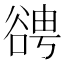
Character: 𧮹